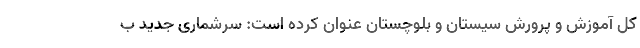
کل آموزش و پرورش سیستان و بلوچستان عنوان کرده است: سرشماری جدید ب